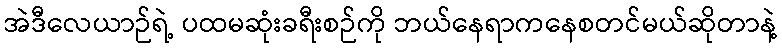
အဲဒီလေယာဉ်ရဲ့ ပထမဆုံးခရီးစဉ်ကို ဘယ်နေရာကနေစတင်မယ်ဆိုတာနဲ့